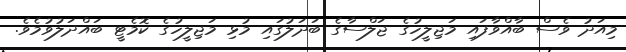
މިއަދު ވެސް ބާއްވާފައި މަޖިލީހުގެ ޖަލްސާގެ ބަދަލުގައި މުޅި މަޖިލީހުގެ ކޮމެޓީ ބައްދަލުވުމެވެ.